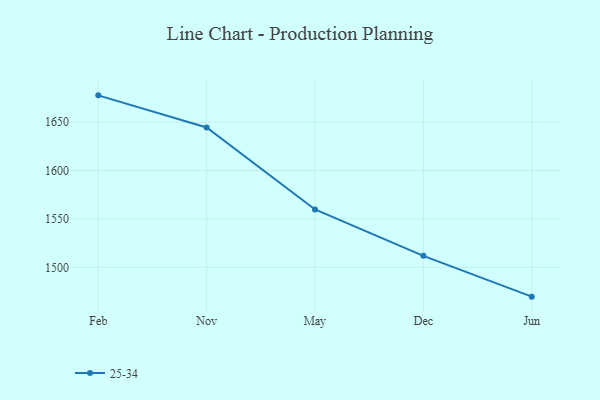
{"axis": {"x": "Month", "y": "Net Income (USD K)"}, "legend": ["25-34"], "data": [{"x": "Feb", "y": 1677.8, "type": "25-34"}, {"x": "Nov", "y": 1644.6, "type": "25-34"}, {"x": "May", "y": 1559.8, "type": "25-34"}, {"x": "Dec", "y": 1511.9, "type": "25-34"}, {"x": "Jun", "y": 1469.7, "type": "25-34"}]}